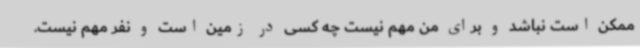
ممکن است نباشد و برای من مهم نیست چه کسی در زمین است و نفر مهم نیست.